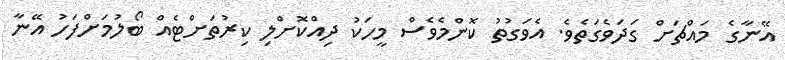
އޭނާގެ މައްޗަށް ގަދަވެގަތެވެ. އެވަގުތު ކޮންމެވެސް މީހަކު ދިއްކޮށްލި ކިރުތަށްޓެއް ބޯލުމަށްފަހު އޭނާ